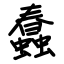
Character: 蠢